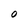
Character: O